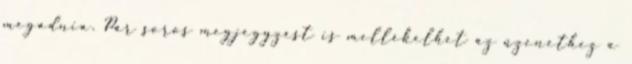
megadnia. Pár soros megjegyzést is mellékelhet az üzenethez a